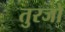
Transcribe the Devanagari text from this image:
तुरजो